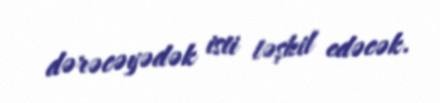
dərəcəyədək isti təşkil edəcək.